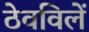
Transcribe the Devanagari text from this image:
ठेवविलें